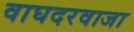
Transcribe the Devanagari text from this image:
वाघदरवाजा